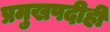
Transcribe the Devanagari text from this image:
प्रमुखपदीही